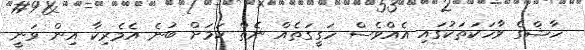
ހާޝްގެ ވާހަކަތަކުގައި އެއްވެސް ހަގީގަތެއް ނެތް ކަމަށް ބުނެ އެމެރިކާ އިން ވަނީ